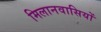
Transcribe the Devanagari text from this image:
मिलानवासियों